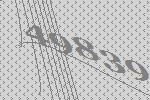
49839